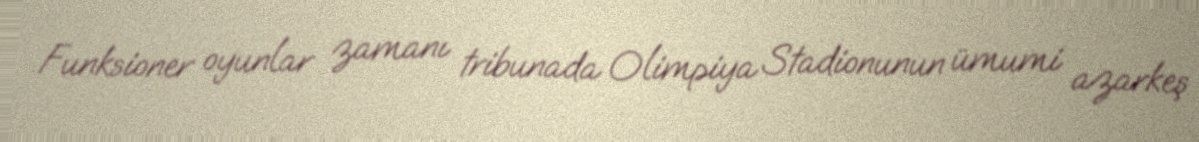
Funksioner oyunlar zamanı tribunada Olimpiya Stadionunun ümumi azarkeş